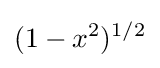
(1-x^{2})^{1/2}